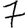
Digit: 7